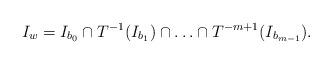
LaTeX: \begin{align*}I_w=I_{b_0}\cap T^{-1}(I_{b_1})\cap\ldots\cap T^{-m+1}(I_{b_{m-1}}).\end{align*}